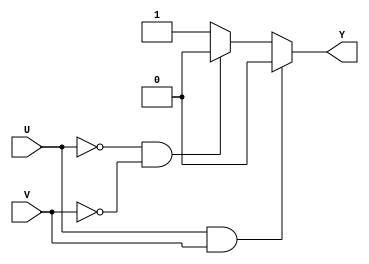
`timescale 1ns / 1ps

module xorb(Y, U, V);
input U,V;
output reg Y;

always @ (U or V) begin
    if (U == 1'b1 & V == 1'b1)
    begin
    #10 Y <= 1'b0;
    end else if (U == 1'b0 & V == 1'b0)begin
    #10 Y <= 1'b0;
    end else begin
    #10 Y <= 1'b1;
    end
   
end

endmodule


`timescale 1ns / 1ps


module mux8(Muxout, D1, D2, sel);
input [7:0] D1;
input [7:0] D2;
input sel;
output reg [7:0] Muxout;


always @ (D1 or D2 or sel) begin
if (sel == 1'b0)
begin
#10 Muxout <= D1;
end else
begin
#10 Muxout <= D2;
end
end

endmodule


`timescale 1ns / 1ps

module cla8(Sum, Cout, F,G,Ci,Operate);
input [7:0] F;
input [7:0] G;
input Operate;
input Ci;
output reg [7:0] Sum;
output reg Cout;
reg [8:0] t;
reg [7:0] inv;

always @ (posedge Operate) begin
if(Ci) begin
inv = -F;
t <= inv + G;
end 
else begin
t <= F + G;
end
#25 Sum <= t[7:0];
#25 Cout <= t[8];
end

endmodule


`timescale 1ns / 1ps


module asr17(F,G, Multi, Cell, Product, I, StartI, Load, Shift, Reset);

input [7:0] I; // Input From Adder
input [7:0] StartI; // Used To Fill Multiplier Initially
input Load;
input Shift;
input Reset;


output reg F; // bi - 1
output reg G; // bi
output reg [7:0] Cell; // Output of Adder Goes Here
output reg [7:0] Multi; // Holds Multiplier
output reg [16:0] Product;
always @ (posedge Shift or posedge Load) begin

    if(Reset == 1'b1) begin
    Multi <= 8'b00000000;   // Set Multiplier
    Cell <= 8'b00000000;// Reset Cell
    F <= 1'b0; // Reset F
    G <= 1'b0;    
    
    Product[16] <= 1'b0;
    Product[15:8] <= 8'b00000000;
    Product[7:0]  <= 8'b00000000;
    #5;
    end else if(Load == 1'b1 & Shift == 1'b0)  begin
    Multi <= StartI;   // Set Multiplier
    Cell <= 8'b00000000;// Reset Cell
    F <= 1'b0; // Reset F
    G <= StartI[0];
    #5;
    end else begin
    Cell[6:0] <= I[7:1];
    Cell[7] <= I[7];
    F <= Multi[0];
    G <= Multi[1];
    Multi[6:0] <= Multi[7:1];
    Multi[7] <= I[0];
    
    
    Product[16] <= Cell[7];
    Product[15:8] <= Cell;
    Product[7:0]  <= Multi;
    #5;
    end
    
    
end


endmodule


`timescale 1ns / 1ps


module controlunit(Ready, Load, Operate, Shift, Start, clk, Reset);

input Start;
input clk;
input Reset;

reg [4:0] done; // Counter Used For Indexing and Knowing When Done
reg latch;
reg go;

output reg Ready;
output reg Load;
output reg Operate;
output reg Shift;

always @ (posedge clk) begin

    if(latch !== 1'b1) begin
    done <= 5'b00000;
    end
    if(clk) begin
    latch <= "1";
    end
    
    if(Reset == 1'b1 & go == 1'b1)begin
        Shift <= "0";
        Operate <= "0";
        Load <= "0";
        Ready <= "0";
        go <= "0";
        done <= 5'b00000;
    end else if(done >= 5'b01000)begin // Signals that Values have been Flushed
    go <= "1";
   end else if (Ready !== 1'b1) begin           // Flushes Values Of High Impedance Out Of Registers
        if(done[0] == 1'b1) begin
        Shift <= "0";
        Operate <= "0";
        Load <= "1";
        end else begin
        Load <= "0";
        Shift <= "0";
        Operate <= "1";
        end  
        done = done + clk; // Counts How Many Times Loop has Been Done  
        go <= "0";
   end
   
           
    if(Reset == 1'b1 & go == 1'b1)begin
        Shift <= "0";
        Operate <= "0";
        Load <= "0";
        Ready <= "0";
        go <= "0";
        done <= 5'b00000;
    end else if (Start == 1'b1 & go == 1'b1 & Ready !== 1'b1) begin // Multiplication Can Begin
        if(done[0] == 1'b1) begin
        Load <= "0";
        Operate <= "0";
        Shift <= "1";
        end else begin  
        Load <= "0";
        Shift <= "0";
        Operate <= "1";
        end  
        done = done + clk; // Counts How Many Times Loop has Been Done        
    end
    
    if(Reset == 1'b1 & go == 1'b1)begin
        Shift <= "0";
        Operate <= "0";
        Load <= "0";
        Ready <= "0";
        go <= "0";
        done <= 5'b00000;
    end else if(done >= 5'b11011)begin // Signals that Multiplication is Done
    Ready <= "1";
    end 
    
        
end


endmodule



`timescale 1ns / 1ps

module multiplier(Product, M, N, Reset, Load, Operate, Shift);

input [7:0] M; // Multiplicand
input [7:0] N; // Multiplier

input Reset; // From User

input Load;   // From CU
input Operate;
input Shift;

output [16:0] Product; // Output

wire [7:0] muxout;
wire [7:0] sumout;
wire [7:0] multiout;
wire [7:0] cellout;
wire [16:0] productout;
wire xorout;

wire cout; // Deadwire
wire F; // bi-1
wire G; // bi
wire [7:0] z; // Zeros

assign z = 8'b00000000;
asr17 a(F, G, multiout, cellout, productout, sumout, N, Load, Shift, Reset); // Produces F, G, Cellout and Takes in Sumout, The Multiplier, Start Signal
xorb  x(xorout,F,G); // Chooses for Multiplexer
mux8  m(muxout,z, M, xorout); // Uses Multiplicand, 0000-0000, and xorout
cla8  c(sumout, cout, muxout, cellout, G, Operate); // Produces the Sum, Cout, and Takes in Muxout, Cellout, G as add or Sub

assign Product = productout; 

endmodule



`timescale 1ns / 1ps

module top_multiplier(Product, Ready, N, M, Start, Reset, clk);
input  [7:0]N; // Multiplicand
input  [7:0]M; // Multiplier

input Start;   // User Controlled Values
input Reset;

input clk;     // System Clock

output [16:0]Product; // Output
output Ready;         // Tells When Output Should be Observed

wire Ready, Load, Operate, Shift; // Internal Signals

controlunit cu(Ready, Load, Operate, Shift, Start,clk, Reset);
multiplier mlti(Product, M, N, Reset, Load, Operate, Shift);


endmodule


`timescale 1ns / 1ps


module top_multiplier_tb;

reg [7:0] M; // Multiplicand
reg [7:0] N; // Multiplier
reg Start;
reg Reset; // From User
reg clk;
wire [16:0] Product; // Output
wire Ready;         // Tells When Output Should be Observed

top_multiplier dut(.Product(Product), .Ready(Ready), .M(M), .N(N), .Start(Start), .Reset(Reset), .clk(clk));

initial begin
#0 Reset = 1'b1;
#0 clk = 1'b0;
#1 N = 8'b10011101; // B = -99
#1 M = 8'b01100100; // A = 100

repeat(8) #50 clk = ~clk;
#10 Reset = 1'b0;
#0 Start = 1'b1;             
repeat(60) #50 clk = ~clk;#50 clk = 1'b1;
$finish;
end

endmodule